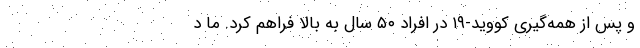
و پس از همه‌گیری کووید-۱۹ در افراد ۵۰ سال به بالا فراهم کرد. ما د